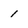
Character: 1